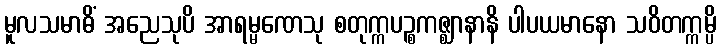
မူလသမာဓိံ အညေသုပိ အာရမ္မဏေသု စတုက္ကပဉ္စကဇ္ဈာနာနိ ပါပယမာနော သဝိတက္ကမ္ပိ